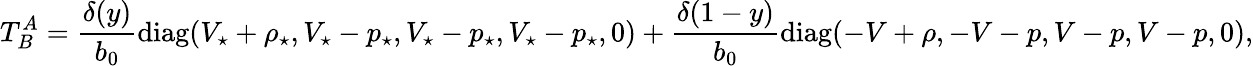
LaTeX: T_{B}^{A}=\frac{\delta(y)}{b_{0}}\mathrm{diag}(V_{\star}+\rho_{\star},V_{\star}-p_{\star},V_{\star}-p_{\star},V_{\star}-p_{\star},0)+\frac{\delta(1-y)}{b_{0}}\mathrm{diag}(-V+\rho,-V-p,V-p,V-p,0),